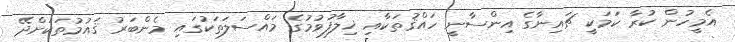
އެމީހުން ކުރާ ކަމަކީ ޗައިނާގެ އިންސާނީ ހައްޤުތަކާއި ޚިލާފުވުމުގެ މައްސަލަތަކުގައި މެންބަރު ޤައުމުތަކަށްދޭ